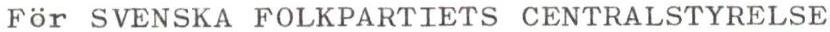
För SVENSKA FOLKPARTIETS CENTRALSTYRELSE